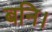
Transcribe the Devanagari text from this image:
बनि।